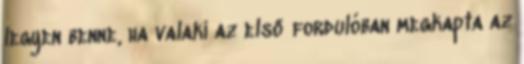
legyen benne, ha valaki az első fordulóban megkapta az